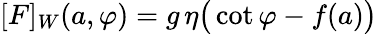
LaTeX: {[F]_{W}(a,\varphi)=g\, \eta\big(\cot\varphi-f(a)\big)}